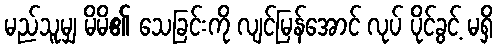
မည်သူမျှ မိမိ၏ သေခြင်းကို လျင်မြန်အောင် လုပ် ပိုင်ခွင့် မရှိ